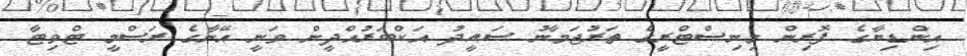
އިންޑިޔާގެ ފޮރިން މިނިސްޓްރީގެ ތަރުޖަމާނު ސައީދު އަކްބަރުއްދީން ވަނީ އޭނާގެ ރަސްމީ ޓްވިޓާ